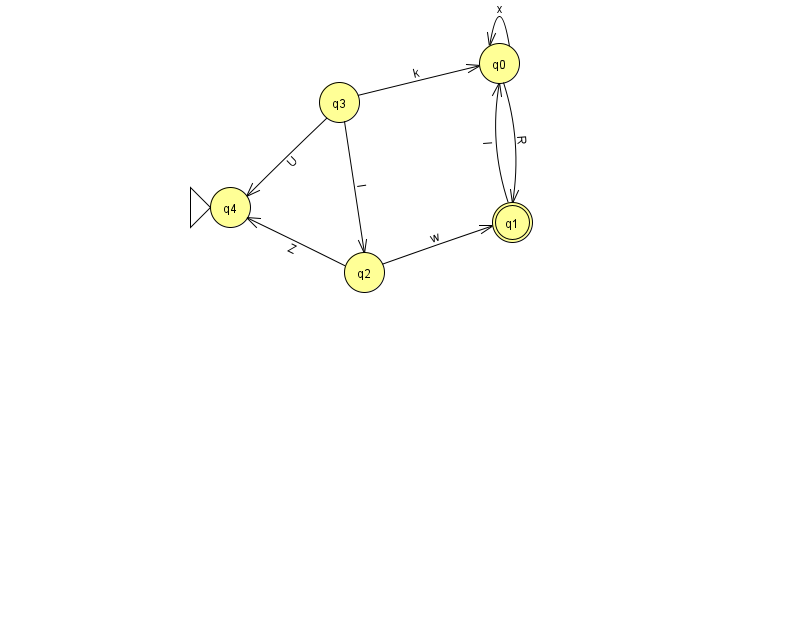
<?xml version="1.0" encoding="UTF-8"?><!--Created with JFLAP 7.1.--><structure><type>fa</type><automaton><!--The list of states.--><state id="0" name="q0"><x>499.0</x><y>50.0</y></state><state id="1" name="q1"><x>512.0</x><y>209.0</y><final/></state><state id="2" name="q2"><x>364.0</x><y>259.0</y></state><state id="3" name="q3"><x>339.0</x><y>89.0</y></state><state id="4" name="q4"><x>230.0</x><y>194.0</y><initial/></state><!--The list of transitions.--><transition><from>3</from><to>2</to><read>l</read></transition><transition><from>1</from><to>0</to><read>l</read></transition><transition><from>3</from><to>0</to><read>k</read></transition><transition><from>0</from><to>0</to><read>x</read></transition><transition><from>0</from><to>1</to><read>R</read></transition><transition><from>3</from><to>4</to><read>U</read></transition><transition><from>2</from><to>4</to><read>Z</read></transition><transition><from>2</from><to>1</to><read>w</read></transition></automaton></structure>